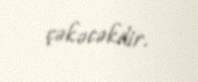
çəkəcəkdir.